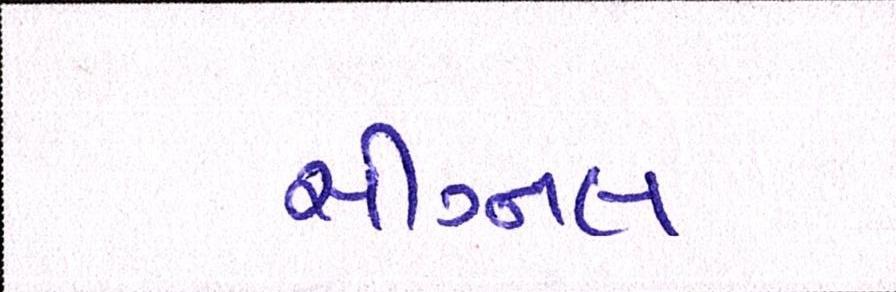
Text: સીગ્નલ